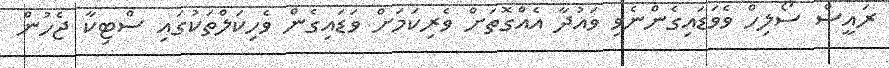
ރައީސް ސޯލިހް ވެވަޑައިގެންނެވި ވައުދާ އެއްގޮތަށް ވެރިކަމަށް ވަޑައިގެން ވެހިކަލްތަކުގައި ސްޓިިކާ ޖެހުން